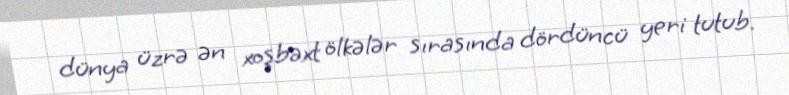
dünya üzrə ən xoşbəxt ölkələr sırasında dördüncü yeri tutub.